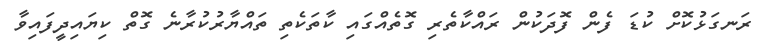
ރަނގަޅުކޮށް ކުޑަ ފެން ފޮދަކުން ރައްކާތެރި ގޮތެއްގައި ކާތަކެތި ތައްޔާރުކުރާނެ ގޮތް ކިޔައިދީފައިވާ